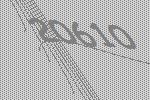
20610